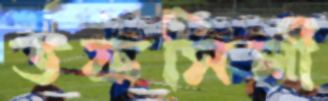
তফসিলী